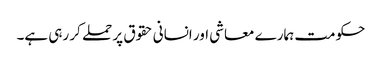
حکومت ہمارے معاشی اور انسانی حقوق پر حملے کر رہی ہے۔